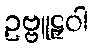
ဥဗ္ဗူဠှဝါ